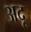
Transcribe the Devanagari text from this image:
अदू